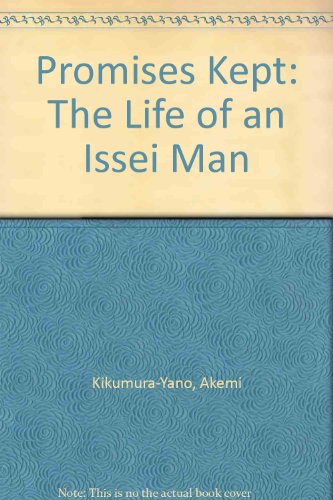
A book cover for Promises Kept: The Life of an Issei Man; Akemi Kikumura-Yano; Biographies & Memoirs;